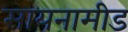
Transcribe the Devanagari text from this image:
सायनामीड